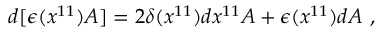
d [ \epsilon ( x ^ { 1 1 } ) A ] = 2 \delta ( x ^ { 1 1 } ) d x ^ { 1 1 } A + \epsilon ( x ^ { 1 1 } ) d A \ ,